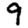
Digit: 9